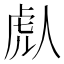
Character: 䖋